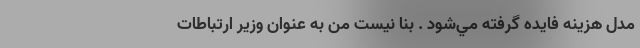
مدل هزينه فايده گرفته مي‌شود . بنا نيست من به عنوان وزير ارتباطات